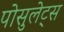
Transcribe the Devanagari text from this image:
पोसुलेट्स